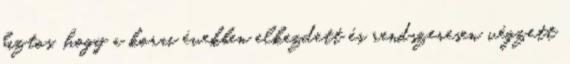
biztos, hogy a korai években elkezdett és rendszeresen végzett